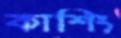
কাশিং